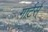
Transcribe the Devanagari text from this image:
गार्टर्स्